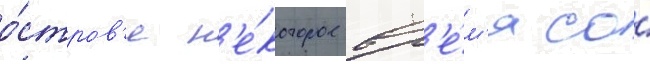
о́стров'е н'е́которое вр'е́м'я со́